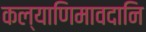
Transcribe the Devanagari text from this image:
कल्याणिमावदानि